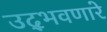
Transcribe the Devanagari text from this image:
उद्‌भवणारे